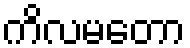
ကိလမတော